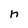
Character: n